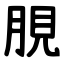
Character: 䏹